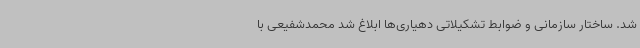
شد. ساختار سازمانی و ضوابط تشکیلاتی دهیاری‌ها ابلاغ شد محمدشفیعی با